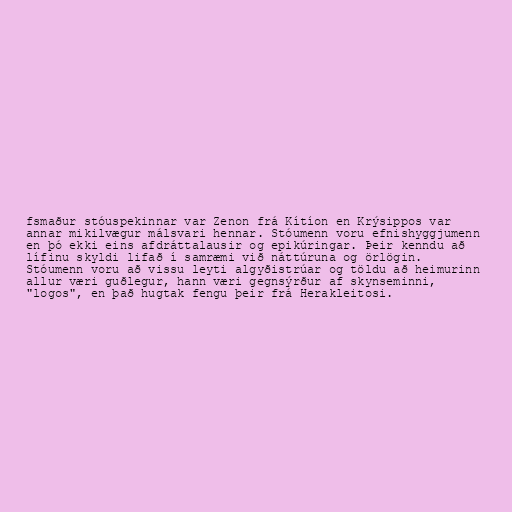
fsmaður stóuspekinnar var Zenon frá Kítíon en Krýsippos var
annar mikilvægur málsvari hennar. Stóumenn voru efnishyggjumenn
en þó ekki eins afdráttalausir og epikúringar. Þeir kenndu að
lífinu skyldi lifað í samræmi við náttúruna og örlögin.
Stóumenn voru að vissu leyti algyðistrúar og töldu að heimurinn
allur væri guðlegur, hann væri gegnsýrður af skynseminni,
"logos", en það hugtak fengu þeir frá Herakleitosi.